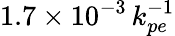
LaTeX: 1.7\times 10^{-3}\, k_{pe}^{-1}